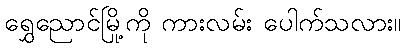
ရွှေညောင်မြို့ကို ကားလမ်း ပေါက်သလား။